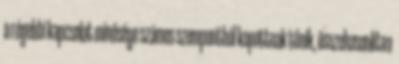
a régebbi kapcsolat minősége számos szempontból kopottnak tűnik, összehasonlítva